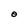
Character: O